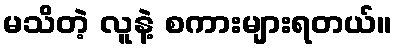
မသိတဲ့ လူနဲ့ စကားများရတယ်။